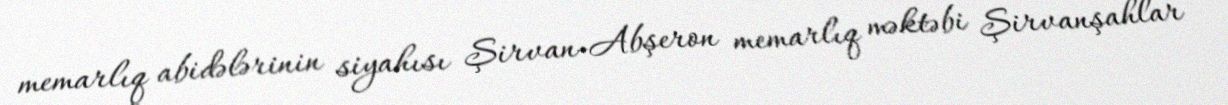
memarlıq abidələrinin siyahısı Şirvan-Abşeron memarlıq məktəbi Şirvanşahlar